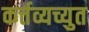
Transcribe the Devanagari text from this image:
कर्त्तव्यच्युत